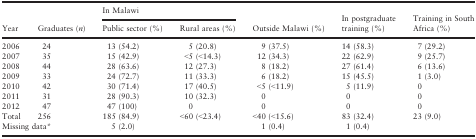
<table><thead><tr><td rowspan="2"><b>Year</b></td><td rowspan="2"><b>Graduates (<i>n</i>)</b></td><td colspan="2"><b>In Malawi</b></td><td rowspan="2"><b>Outside Malawi (%)</b></td><td rowspan="2"><b>In postgraduate training (%)</b></td><td rowspan="2"><b>Training in South Africa (%)</b></td></tr><tr><td><b>Public sector (%)</b></td><td><b>Rural areas (%)</b></td></tr></thead><tbody><tr><td>2006</td><td>24</td><td>13 (54.2)</td><td>5 (20.8)</td><td>9 (37.5)</td><td>14 (58.3)</td><td>7 (29.2)</td></tr><tr><td>2007</td><td>35</td><td>15 (42.9)</td><td>&lt;5 (&lt;14.3)</td><td>12 (34.3)</td><td>22 (62.9)</td><td>9 (25.7)</td></tr><tr><td>2008</td><td>44</td><td>28 (63.6)</td><td>12 (27.3)</td><td>8 (18.2)</td><td>27 (61.4)</td><td>6 (13.6)</td></tr><tr><td>2009</td><td>33</td><td>24 (72.7)</td><td>11 (33.3)</td><td>6 (18.2)</td><td>15 (45.5)</td><td>1 (3.0)</td></tr><tr><td>2010</td><td>42</td><td>30 (71.4)</td><td>17 (40.5)</td><td>&lt;5 (&lt;11.9)</td><td>5 (11.9)</td><td>0</td></tr><tr><td>2011</td><td>31</td><td>28 (90.3)</td><td>10 (32.3)</td><td>0</td><td>0</td><td>0</td></tr><tr><td>2012</td><td>47</td><td>47 (100)</td><td>0</td><td>0</td><td>0</td><td>0</td></tr><tr><td>Total</td><td>256</td><td>185 (84.9)</td><td>&lt;60 (&lt;23.4)</td><td>&lt;40 (&lt;15.6)</td><td>83 (32.4)</td><td>23 (9.0)</td></tr><tr><td colspan="2">Missing data*</td><td>5 (2.0)</td><td></td><td>1 (0.4)</td><td>1 (0.4)</td><td></td></tr></tbody></table>